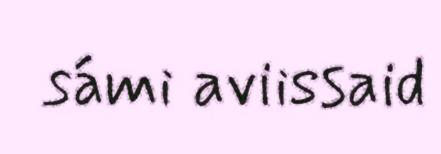
sámi aviissaid